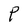
Character: P